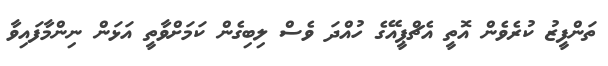
ތަންފީޒު ކުރެވެން އޮތީ އެޗްޕީއޭގެ ހުއްދަ ވެސް ލިބިގެން ކަމަށްވާތީ އަޅަން ނިންމާފައިވާ